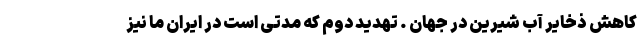
کاهش ذخایر آب شیرین در جهان . تهدید دوم که مدتی است در ایران ما نیز